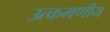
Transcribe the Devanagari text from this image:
उत्कमणीय